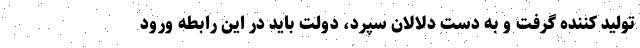
تولید کننده گرفت و به دست دلالان سپرد، دولت باید در این رابطه ورود